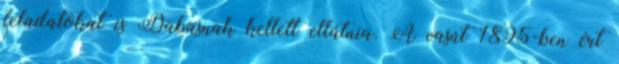
feladatokat is Dabasnak kellett ellátnia. A vasút 1895-ben ért